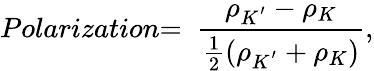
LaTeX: Polarization\mathrm{=\ }\frac{{\rho}_{K^{'}}-{\rho}_{K}}{\frac{1}{2}\left(\rho_{K^{'}}+{\rho}_{K}\right)},